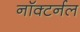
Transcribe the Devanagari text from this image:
नॉक्टर्नल